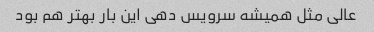
عالی مثل همیشه سرویس دهی این بار بهتر هم بود